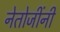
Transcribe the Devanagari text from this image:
नेतोजींनी